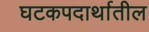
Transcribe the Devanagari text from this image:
घटकपदार्थातील